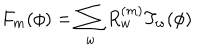
F _ { m } ( \phi ) = \sum _ { w } R _ { w } ^ { ( m ) } T _ { w } ( \phi )